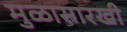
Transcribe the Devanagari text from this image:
मुळासारखी